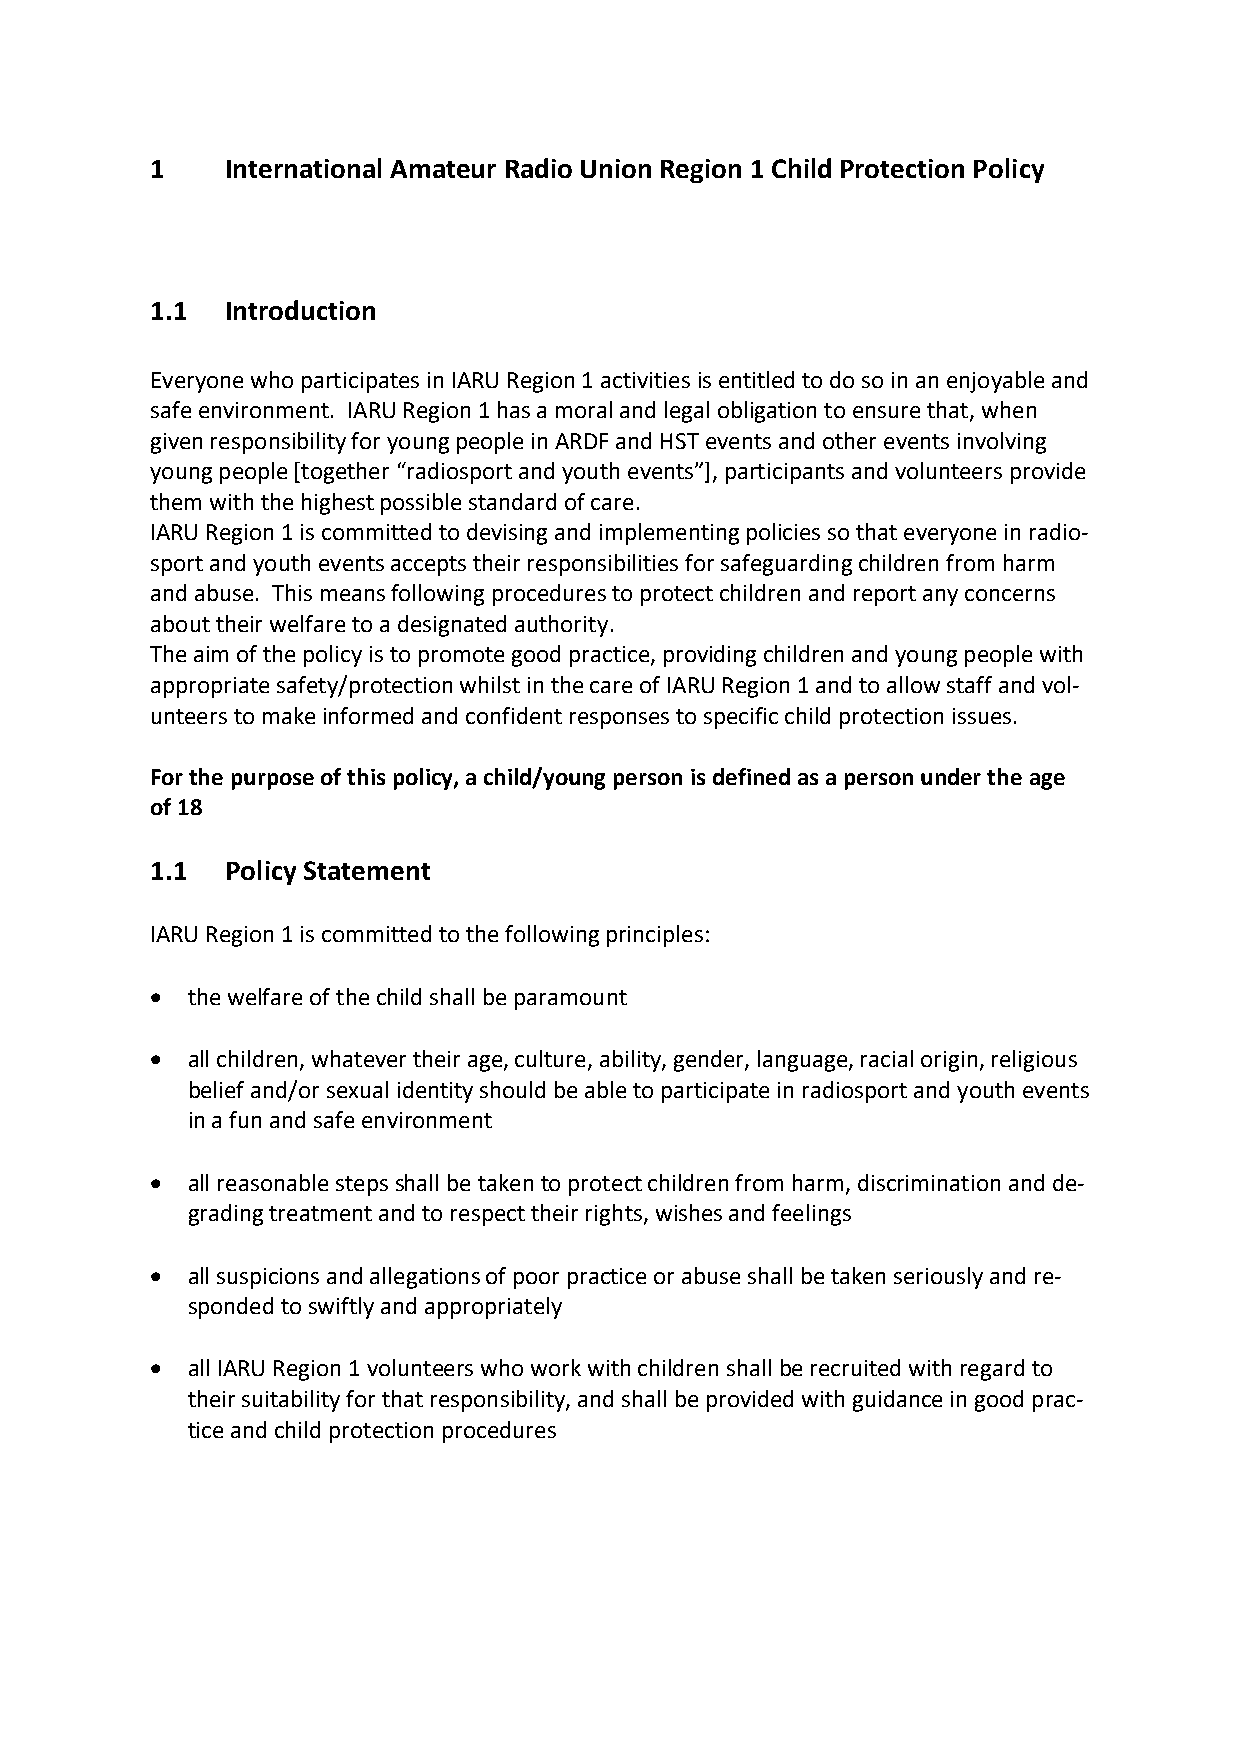
1    International Amateur Radio Union Region 1 Child Protection Policy
 1.1  Introduction
 Everyone who participates in IARU Region 1 activities is entitled to do so in an enjoyable and
 safe environment. IARU Region 1 has a moral and legal obligation to ensure that, when
 given responsibility for young people in ARDF and HST events and other events involving
 young people [together “radiosport and youth events”], participants and volunteers provide
 them with the highest possible standard of care.
 IARU Region 1 is committed to devising and implementing policies so that everyone in radio-
 sport and youth events accepts their responsibilities for safeguarding children from harm
 and abuse. This means following procedures to protect children and report any concerns
 about their welfare to a designated authority.
 The aim of the policy is to promote good practice, providing children and young people with
 appropriate safety/protection whilst in the care of IARU Region 1 and to allow staff and vol-
 unteers to make informed and confident responses to specific child protection issues.
 For the purpose of this policy, a child/young person is defined as a person under the age
 of 18
 1.1  Policy Statement
 IARU Region 1 is committed to the following principles:
  the welfare of the child shall be paramount
  all children, whatever their age, culture, ability, gender, language, racial origin, religious
 belief and/or sexual identity should be able to participate in radiosport and youth events
 in a fun and safe environment
  all reasonable steps shall be taken to protect children from harm, discrimination and de-
 grading treatment and to respect their rights, wishes and feelings
  all suspicions and allegations of poor practice or abuse shall be taken seriously and re-
 sponded to swiftly and appropriately
  all IARU Region 1 volunteers who work with children shall be recruited with regard to
 their suitability for that responsibility, and shall be provided with guidance in good prac-
 tice and child protection procedures